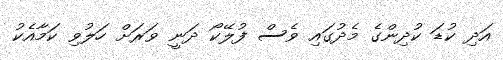
އަދި ކުޑަ ކުދިންގެ މެދުގައި ވެސް ފުލޭކޯ ދަނީ ވަރަށް ހަލުވި ކަމާއެކު